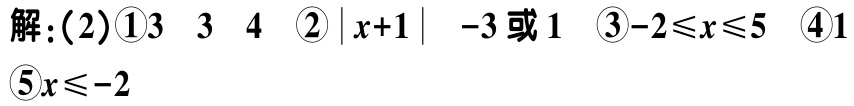
解：(2)\textcircled{1}$3\ \ 3\ \ 4$ \textcircled{2}$\vert x + 1\vert\ \ -3或1$ \textcircled{3}$-2\leqslant x\leqslant5$ \textcircled{4}$1$ \textcircled{5}$x\leqslant -2$